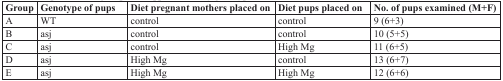
<table><thead><tr><td><b>Group</b></td><td><b>Genotype of pups</b></td><td><b>Diet pregnant mothers placed on</b></td><td><b>Diet pups placed on</b></td><td><b>No. of pups examined (M+F)</b></td></tr></thead><tbody><tr><td>A</td><td>WT</td><td>control</td><td>control</td><td>9 (6+3)</td></tr><tr><td>B</td><td>asj</td><td>control</td><td>control</td><td>10 (5+5)</td></tr><tr><td>C</td><td>asj</td><td>control</td><td>High Mg</td><td>11 (6+5)</td></tr><tr><td>D</td><td>asj</td><td>High Mg</td><td>control</td><td>13 (6+7)</td></tr><tr><td>E</td><td>asj</td><td>High Mg</td><td>High Mg</td><td>12 (6+6)</td></tr></tbody></table>